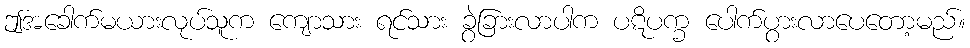
ဤအခေါက်မယားလုပ်သူက ကျောသား ရင်သား ခွဲခြားလာပါက ပဋိပက္ခ ပေါက်ပွားလာပေတော့မည်။